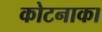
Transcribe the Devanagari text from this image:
कोटनाका